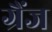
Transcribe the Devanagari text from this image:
ग्रैंज